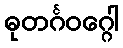
ဓုတင်္ဂဝဂ္ဂေါ